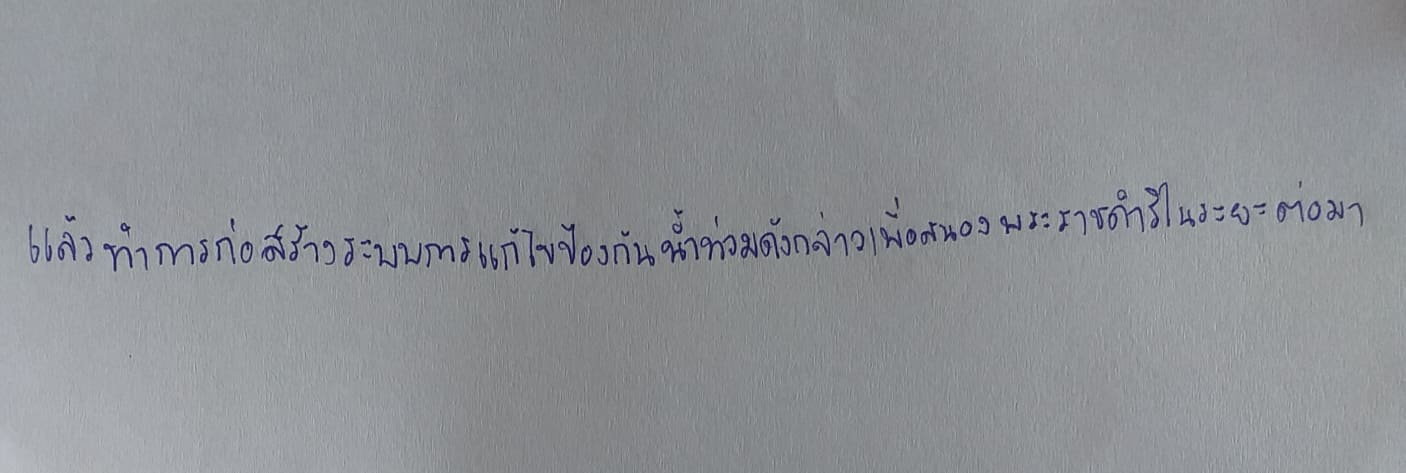
แล้วทำการก่อสร้างระบบการแก้ไขป้องกันน้ำท่วมดังกล่าวเพื่อสนองพระราชดำริในระยะต่อมา